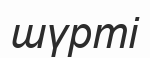
шүрті